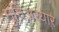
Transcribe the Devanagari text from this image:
मुनिअरयार